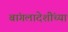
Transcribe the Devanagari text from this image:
बांगलादेशींच्या